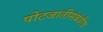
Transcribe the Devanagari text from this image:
पोटजातीसंबंधीच